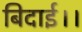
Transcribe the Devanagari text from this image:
बिदाई।।